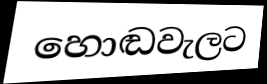
හොඬවැලට